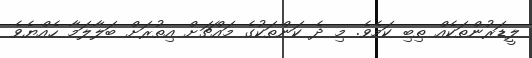
ލީޑަރުންތަކެއް ތިބި ކަމެވެ. މި ދެ ކަންތަކުގެ މައްޗަށް އިތުރަށް ބަލާލަމާ ހެއްޔެވެ